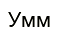
Умм